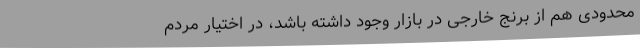
محدودی هم از برنج‌ خارجی در بازار وجود داشته باشد، در اختیار مردم